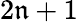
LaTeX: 2\mathfrak{n}+1